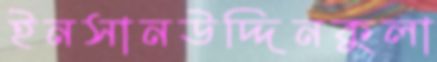
ইনসানউদ্দিনকুলা